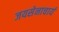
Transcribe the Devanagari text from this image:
जयसेनाचार्य